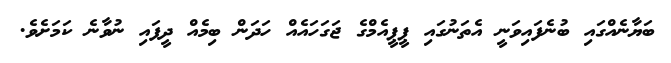
ބަޔާނެއްގައި ބުނެފައިވަނީ އެތަނުގައި ޕީޕީއެމްގެ ޖަގަހައެއް ހަދަން ބިމެއް ދީފައި ނުވާނެ ކަމަށެވެ.